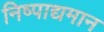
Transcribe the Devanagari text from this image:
निष्पाद्यमान